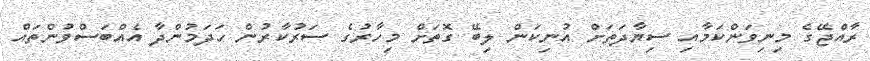
ރާއްޖޭގެ މިނިވަންކަމާއި ސިޔާދަތަށް އުނިކަން ލިބޭ ގޮތަށް މިހާރުގެ ސަރުކާރުން ހަދަމުންދާ އެއްބަސްވުންތައް